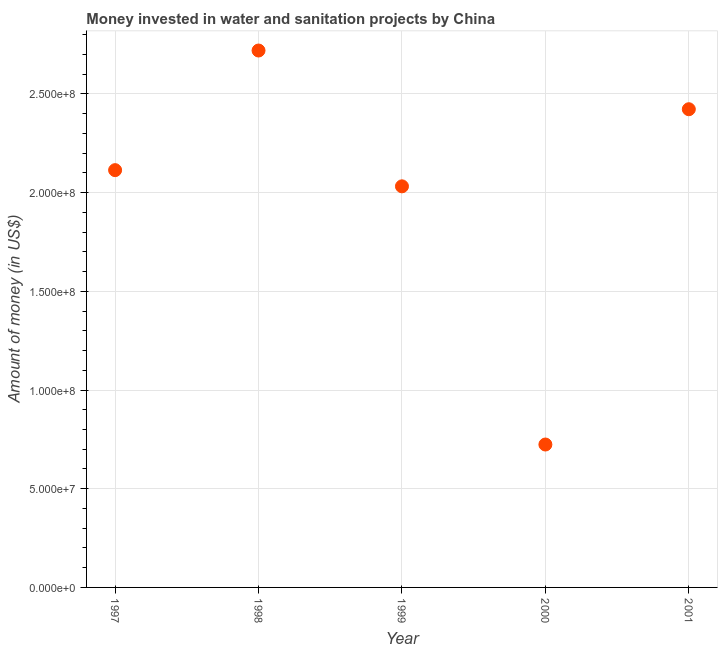
| Year | Investment |
 | --- | --- |
 | 1997 | 2.11e+08 |
 | 1998 | 2.72e+08 |
 | 1999 | 2.03e+08 |
 | 2000 | 7.24e+07 |
 | 2001 | 2.42e+08 |